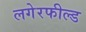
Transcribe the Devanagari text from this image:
लगेरफील्ड